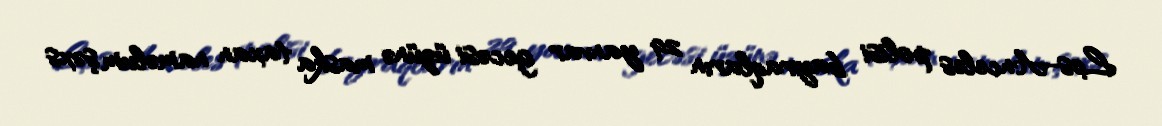
Los-Anceles polisi bayraqların 29 yanvar gecəsi üzünə maska taxan naməlum şəxs